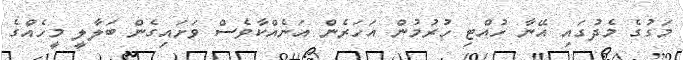
މަގުގެ މެދުގައި އޭނާ ހުއްޓި ހުރުމުން އަހަރެން އަނެއްކާވެސް ވަށައިގެން ބަލާލީ މީހެއްގެ